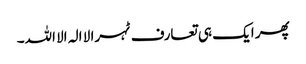
پھر ایک ہی تعارف ٹہرا لا الہ الا اللہ۔